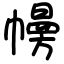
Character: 㡢